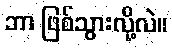
ဘာ ဖြစ်သွားလို့လဲ။